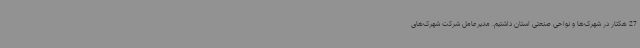
27 هکتار در شهرک‌ها و نواحی صنعتی استان داشتیم. مدیرعامل شرکت شهرک‌های